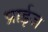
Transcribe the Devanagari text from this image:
प्राईज